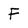
Character: F